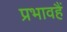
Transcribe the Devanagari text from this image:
प्रभावहैं